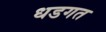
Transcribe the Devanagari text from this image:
धडगत